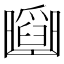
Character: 𠚡